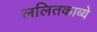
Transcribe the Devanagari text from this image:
ललितकाव्ये